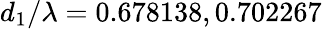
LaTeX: d_{1}/\lambda=0.678138,0.702267